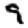
Digit: 9